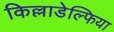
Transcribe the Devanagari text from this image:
किल्लाडेल्फिया